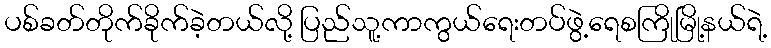
ပစ်ခတ်တိုက်ခိုက်ခဲ့တယ်လို့ ပြည်သူ့ကာကွယ်ရေးတပ်ဖွဲ့ရေစကြိုမြို့နယ်ရဲ့